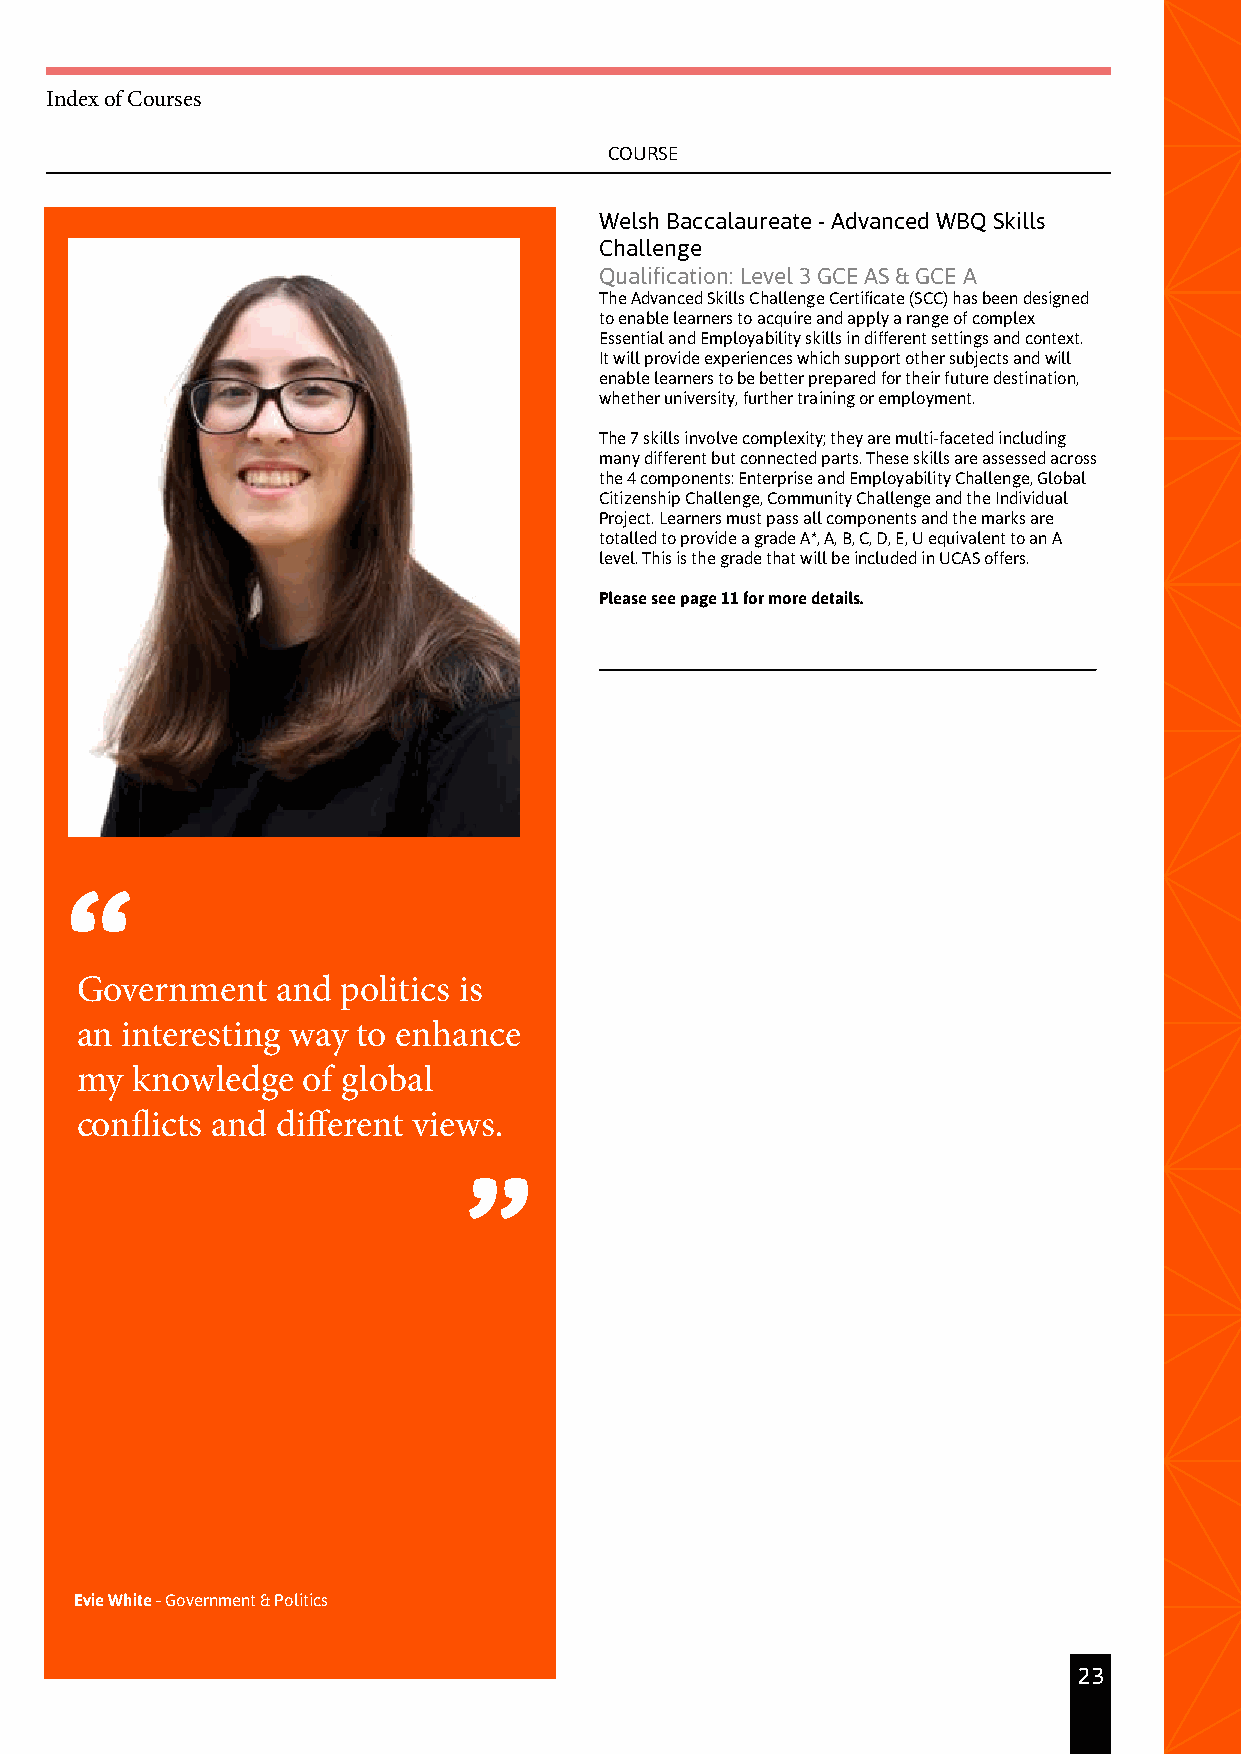
Index of Courses
 COURSE
 Welsh Baccalaureate - Advanced WBQ Skills
 Challenge
 Qualification: Level 3 GCE AS & GCE A
 The Advanced Skills Challenge Certificate (SCC) has been designed
 to enable learners to acquire and apply a range of complex
 Essential and Employability skills in different settings and context.
 It will provide experiences which support other subjects and will
 enable learners to be better prepared for their future destination,
 whether university, further training or employment.
 The 7 skills involve complexity; they are multi-faceted including
 many different but connected parts. These skills are assessed across
 the 4 components: Enterprise and Employability Challenge, Global
 Citizenship Challenge, Community Challenge and the Individual
 Project. Learners must pass all components and the marks are
 totalled to provide a grade A*, A, B, C, D, E, U equivalent to an A
 level. This is the grade that will be included in UCAS offers.
 Please see page 11 for more details.
 Government   and  politics is
 an interesting way to enhance
 my  knowledge  of global
 conflicts and different views.
 Evie White - Government & Politics
 23